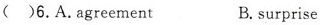
( )6.A.Agreement B.Surpris